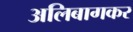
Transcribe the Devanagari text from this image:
अलिबागकर